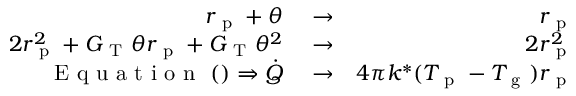
\begin{array} { r l r } { r _ { \mathrm { ~ p ~ } } + \theta } & { { } \rightarrow } & { r _ { \mathrm { ~ p ~ } } } \\ { 2 r _ { \mathrm { ~ p ~ } } ^ { 2 } + G _ { \mathrm { ~ T ~ } } \theta r _ { \mathrm { ~ p ~ } } + G _ { \mathrm { ~ T ~ } } \theta ^ { 2 } } & { { } \rightarrow } & { 2 r _ { \mathrm { ~ p ~ } } ^ { 2 } } \\ { \mathrm { ~ E ~ q ~ u ~ a ~ t ~ i ~ o ~ n ~ } ~ ( ) \Rightarrow \dot { Q } } & { { } \rightarrow } & { 4 \pi k ^ { * } ( T _ { \mathrm { ~ p ~ } } - T _ { \mathrm { ~ g ~ } } ) r _ { \mathrm { ~ p ~ } } } \end{array}